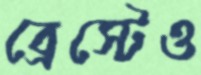
ব্রেস্টেও